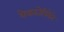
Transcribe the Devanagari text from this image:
येकातेरिनेने